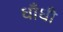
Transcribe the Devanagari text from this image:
धाँधी